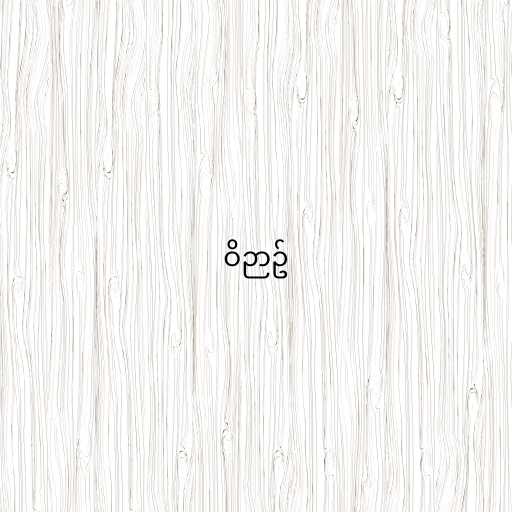
ဝိဉာဥ်